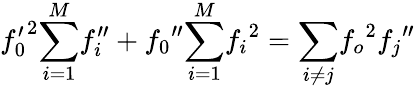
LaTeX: {f_{0}^{\prime}}^{2}{\sum_{i=1}^{M}}{f_{i}^{\prime\prime}}+{f_{0}}^{\prime\prime}{\sum_{i=1}^{M}}{f_{i}}^{2}={\sum_{i\ne j}}{f_{o}}^{2}{f_{j}}^{\prime\prime}